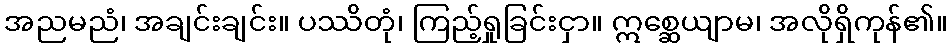
အညမညံ၊ အချင်းချင်း။ ပဿိတုံ၊ ကြည့်ရှုခြင်းငှာ။ ဣစ္ဆေယျာမ၊ အလိုရှိကုန်၏။